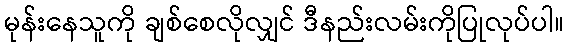
မုန်းနေသူကို ချစ်စေလိုလျှင် ဒီနည်းလမ်းကိုပြုလုပ်ပါ။